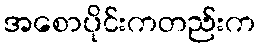
အစောပိုင်းကတည်းက